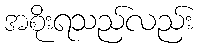
အစိုးရသည်လည်း